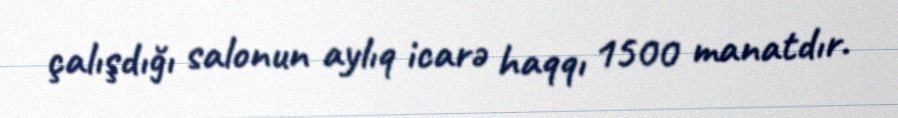
çalışdığı salonun aylıq icarə haqqı 1500 manatdır.